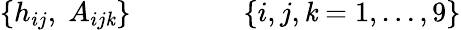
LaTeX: \{ h_{ij},\; A_{ij\mathit{k}}\} \qquad\qquad\{ i,j,\mathit{k}=1,\dots,9\}